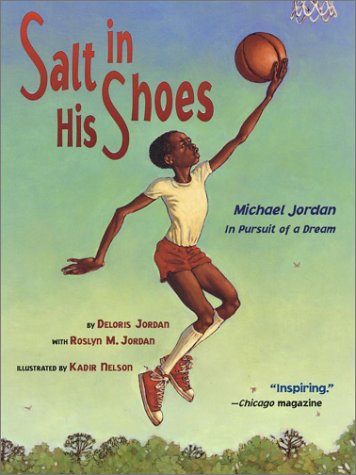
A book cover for Salt in His Shoes: Michael Jordan in Pursuit of a Dream; Deloris Jordan; Children's Books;